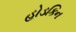
હોડકિન